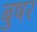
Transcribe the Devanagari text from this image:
बुषर